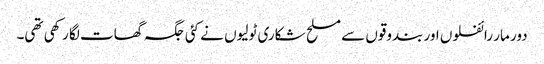
دور مار رائفلوں اور بندوقوں سے مسلح شکاری ٹولیوں نے کئی جگہ گھات لگا رکھی تھی۔